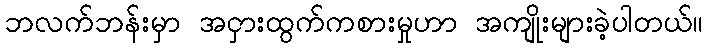
ဘလက်ဘန်းမှာ အငှားထွက်ကစားမှုဟာ အကျိုးများခဲ့ပါတယ်။